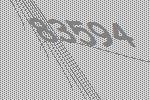
83594